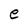
Character: e